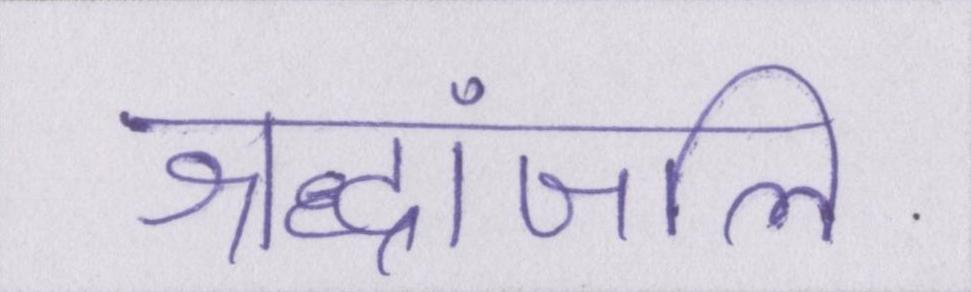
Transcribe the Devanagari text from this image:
श्रद्धांजलि